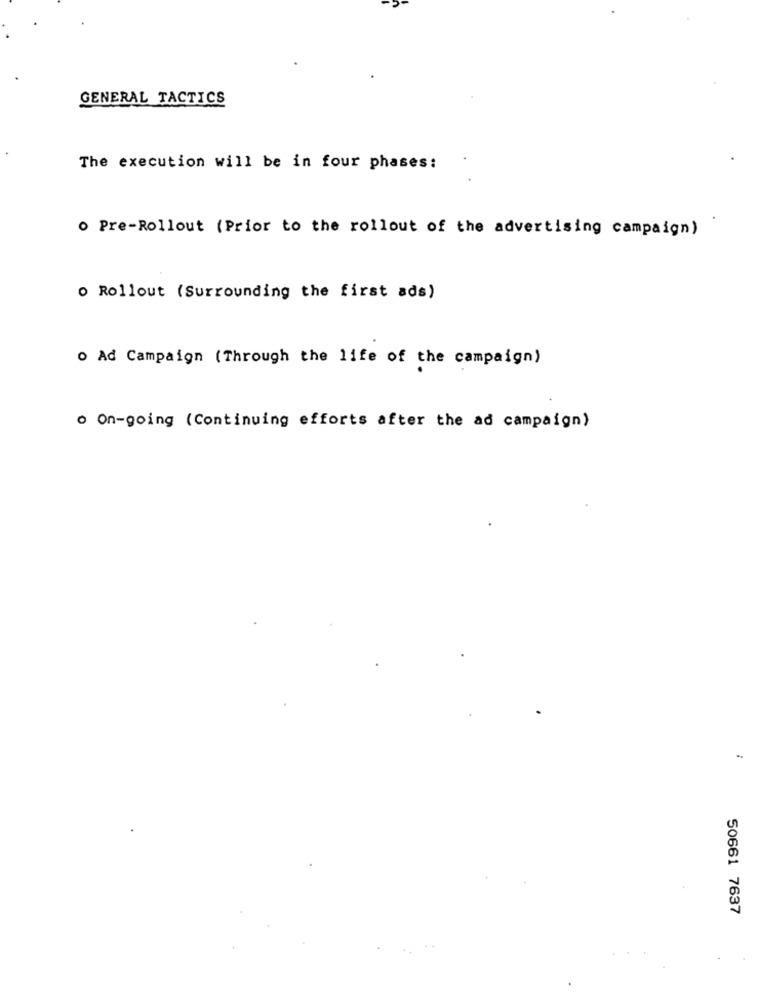
GENERAL TACTICS
The execution will be in four phases:
o Pre-Rollout (Prior to the rollout of the advertising campaign)
o Rollout (Surrounding the first ads)
O Ad Campaign (Through the life of the campaign)
o On-going (Continuing efforts after the ad campaign)
50661 7637